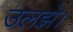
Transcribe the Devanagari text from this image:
उलझे।